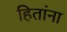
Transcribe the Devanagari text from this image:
हितांना